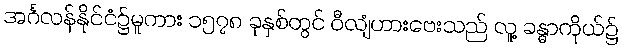
အင်္ဂလန်နိုင်ငံ၌မူကား ၁၅၇၈ ခုနှစ်တွင် ဝီလျံဟားဗေးသည် လူ့ ခန္ဓာကိုယ်၌